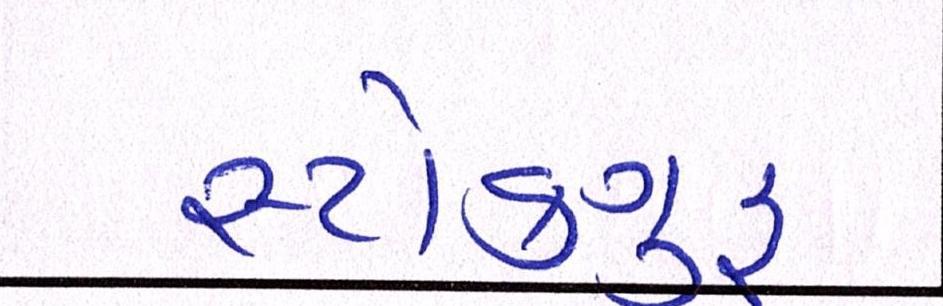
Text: સ્ટોકગુરૃ